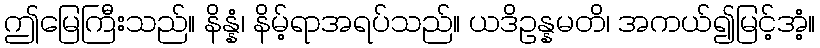
ဤမြေကြီးသည်။ နိန္နံ၊ နိမ့်ရာအရပ်သည်။ ယဒိဥန္နမတိ၊ အကယ်၍မြင့်အံ့။